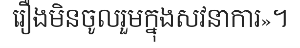
រឿងមិនចូលរួមក្នុងសវនាការ»។